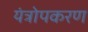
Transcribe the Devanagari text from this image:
यंत्रोपकरण